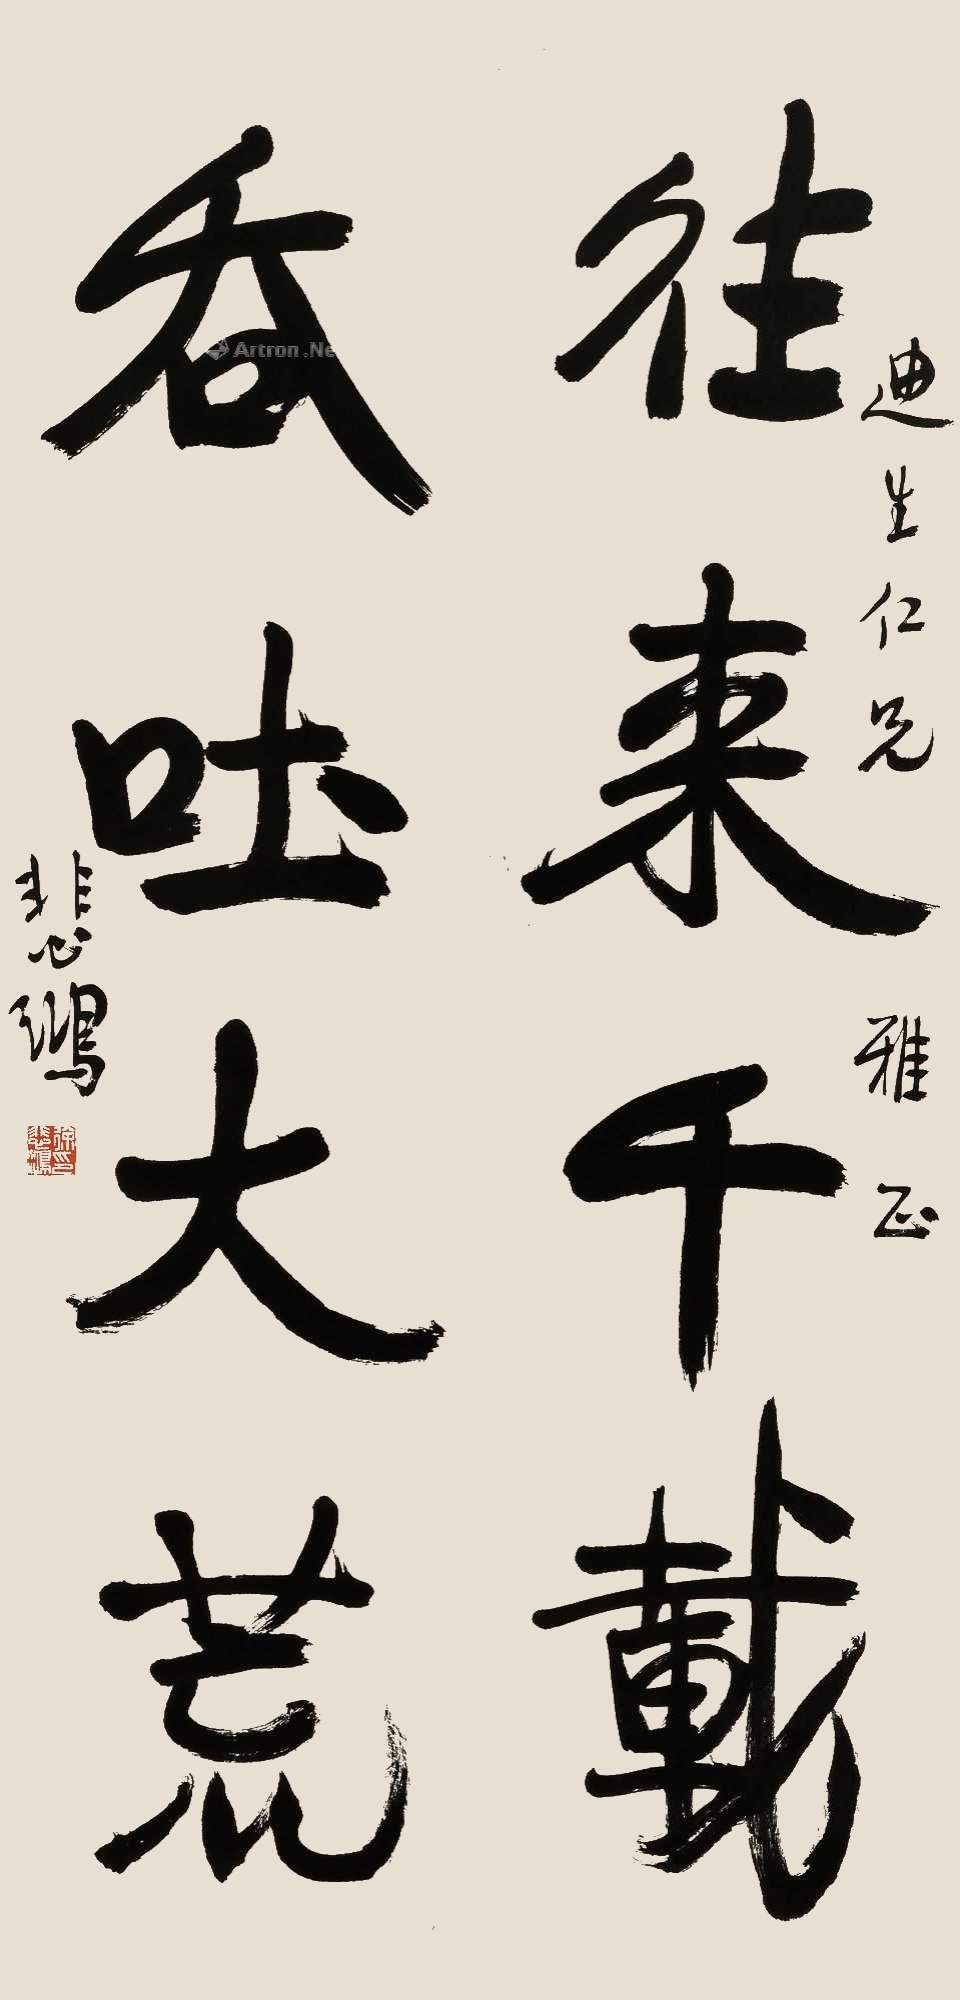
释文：往来千载，吞吐大荒。迪生仁兄雅正，悲鸿。